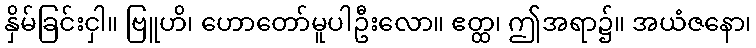
နှိမ်ခြင်းငှါ။ ဗြူဟိ၊ ဟောတော်မူပါဦးလော။ ဧတ္ထ၊ ဤအရာ၌။ အယံဇနော၊